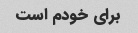
برای خودم است